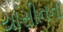
યાસીનના